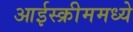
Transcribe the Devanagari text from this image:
आईस्क्रीममध्ये